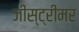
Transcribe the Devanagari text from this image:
जीस्ट्रीमर